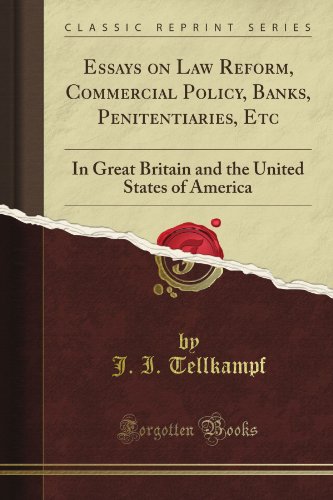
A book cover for Essays on Law Reform, Commercial Policy, Banks, Penitentiaries, Etc: In Great Britain and the United States of America (Classic Reprint); J. I. Tellkampf; Business & Money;